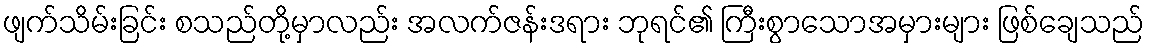
ဖျက်သိမ်းခြင်း စသည်တို့မှာလည်း အလက်ဇန်းဒရား ဘုရင်၏ ကြီးစွာသောအမှားများ ဖြစ်ချေသည်